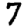
Digit: 7